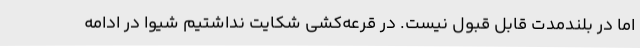
اما در بلندمدت قابل قبول نیست. در قرعه‌کشی شکایت نداشتیم شیوا در ادامه